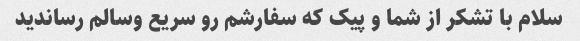
سلام با تشکر از شما و پیک که سفارشم رو سریع وسالم رساندید